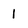
Character: 1